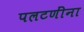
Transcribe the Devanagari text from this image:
पलटणींना